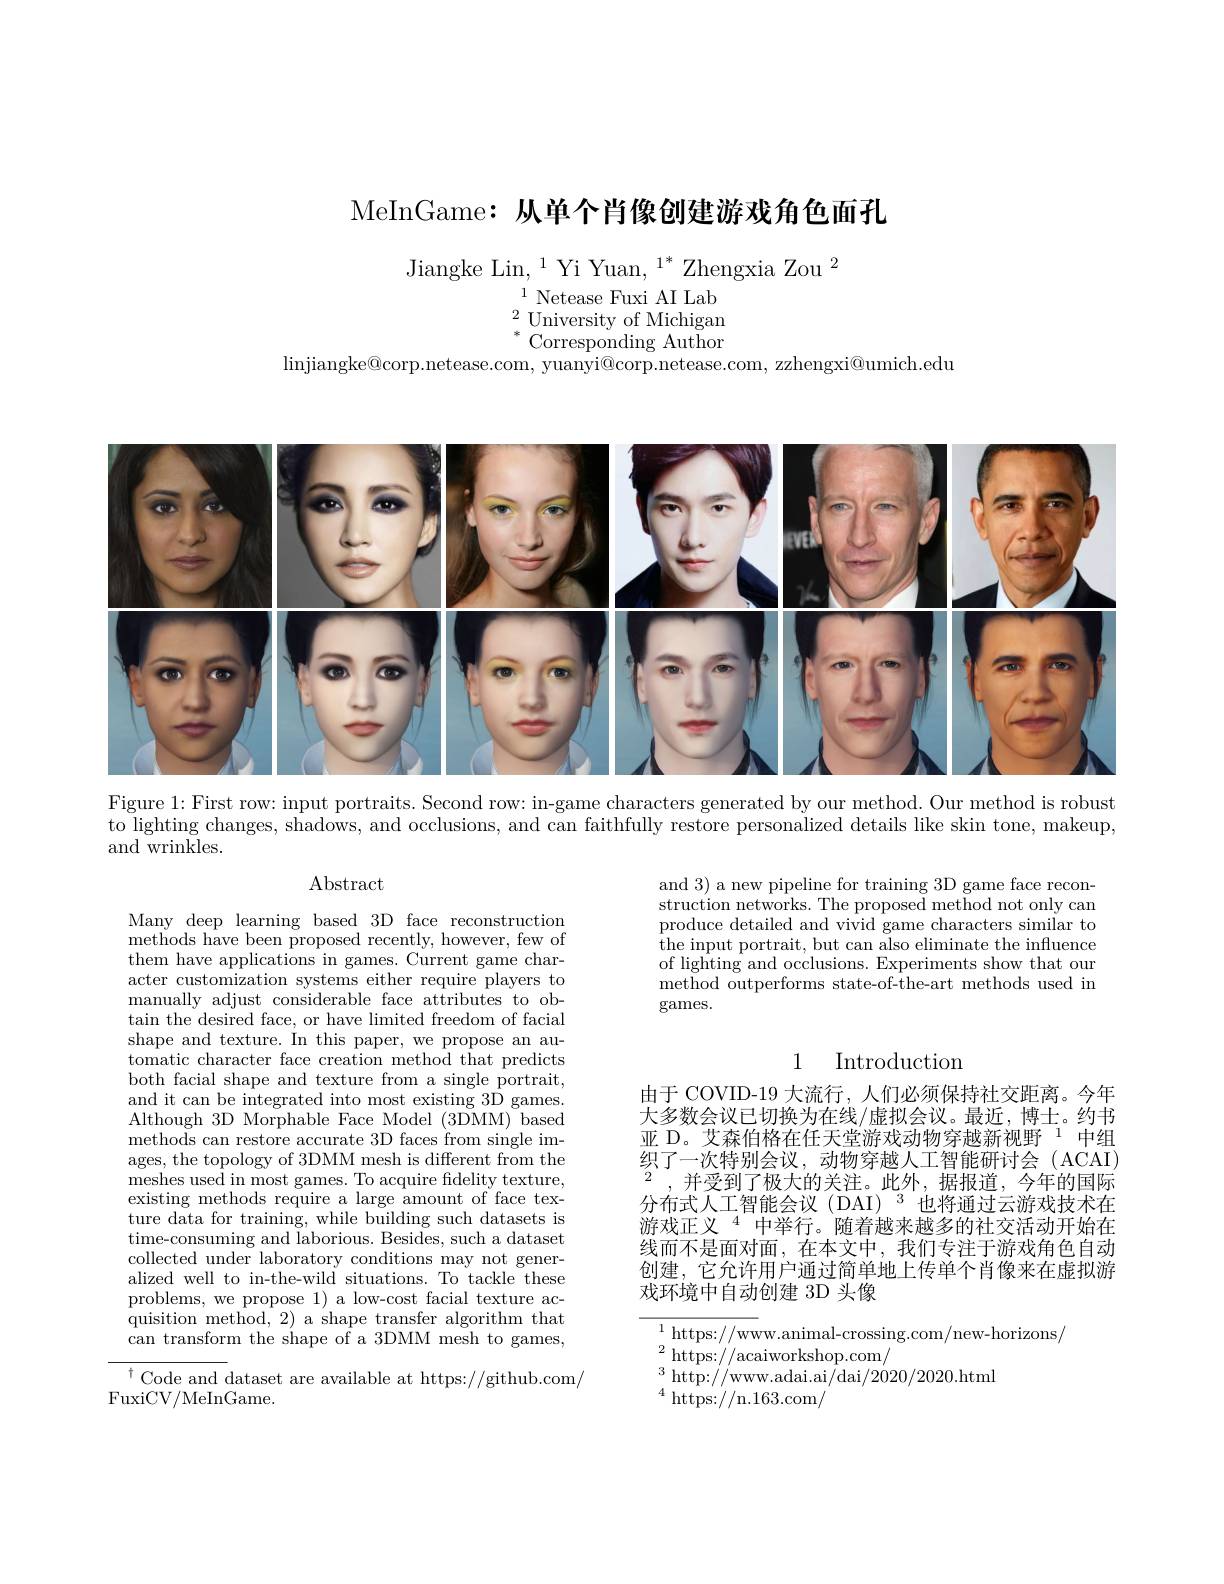
MeInGame: 从单个肖像创建游戏角色面孔

Jiangke Lin,$^1$Yi Yuan,$^1^*$Zhengxia Zou$^2$
$^{1}$ Netease Fuxi AI Lab $^{2}$University of Michigan $^{*}$Corresponding Author
$\operatorname*{linjiangke@corp.netease.com,~yuanyi@corp.netease.com,~zzhengxi@umich.edu}$

<FigureHere>

Figure 1: First row: input portraits. Second row: in-game characters generated by our method. Our method is robust to lighting changes, shadows, and occlusions, and can faithfully restore personalized details like skin tone, makeup, and wrinkles.

$\operatorname{Abstract}$

and 3) a new pipeline for training 3D game face reconstruction networks. The proposed method not only can produce detailed and vivid game characters similar to $\mathop{\text{the input portrait, but can also eliminate the influence}}$ of lighting and occlusions. Experiments show that our method outperforms state-of-the-art methods used in games.

## 1 Introduction

Many deep learning based 3D face reconstruction methods have been proposed recently, however, few of them have applications in games. Current game character customization systems either require players to manually adjust considerable face attributes to ob- $\tan$ the desired face, or have limited freedom of facial shape and texture. In this paper, we propose an automatic character face creation method that predicts both facial shape and texture from a single portrait, and it can be integrated into most existing 3D games. Although 3D Morphable Face Model (3DMM) based methods can restore accurate 3D faces from single images, the topology of 3DMM mesh is different from the meshes used in most games. To acquire fidelity texture, existing methods require a large amount of face tex- $\bar{\text{ture data for training, while building such datasets is}}$ time-consuming and laborious. Besides, such a dataset collected under laboratory conditions may not generalized well to in-the-wild situations. To tackle these problems, we propose 1) a low-cost facial texture acquisition method, 2) a shape transfer algorithm that can transform the shape of a 3DMM mesh to games,

由于 COVID-19 大流行，人们必须保持社交距离。今年大多数会议已切换为在线/虚拟会议。最近，博士。约书亚 D。艾森伯格在任天堂游戏动物穿越新视野$^{1}$中组织了一次特别会议，动物穿越人工智能研讨会(ACAI) $^{2}$,并受到了极大的关注。此外，据报道，今年的国际分布式人工智能会议(DAI)$^3$也将通过云游戏技术在游戏正义$^{4}$中举行。随着越来越多的社交活动开始在线而不是面对面，在本文中，我们专注于游戏角色自动创建，它允许用户通过简单地上传单个肖像来在虚拟游戏环境中自动创建 3D 头像

${^{1}\mathrm{https://www.animal-crossing.com/new-horizons/}}$
${}^{2}{\mathrm{~https://acaiworkshop.com/}}$
$^{3}$http://www.adai.ai/dai/2020/2020.html
$^{4}$ https: / / n. 163. com/

${^\dagger\text{Code and }}$dataset are available at https://github.com/
FuxiCV/MeInGame.